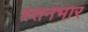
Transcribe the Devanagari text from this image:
स्तनभार